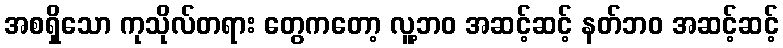
အစရှိသော ကုသိုလ်တရား တွေကတော့ လူ့ဘဝ အဆင့်ဆင့် နတ်ဘဝ အဆင့်ဆင့်